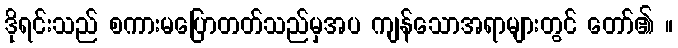
ဒိုရင်းသည် စကားမပြောတတ်သည်မှအပ ကျန်သောအရာများတွင် တော်၏ ။